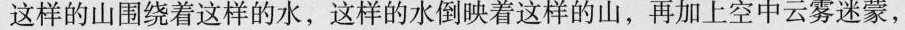
这样的山围绕着这样的水，这样的水倒映着这样的山，再加上空中云雾迷蒙，